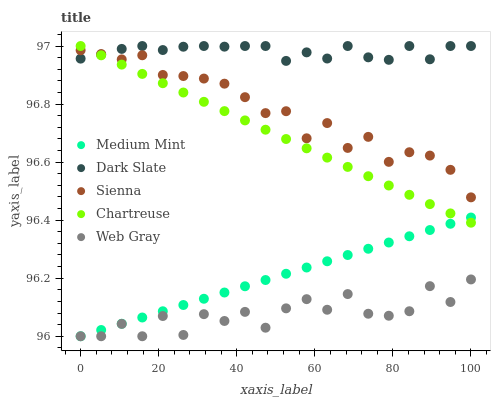
| xaxis_label | Medium Mint | Dark Slate | Sienna | Chartreuse | Web Gray |
 | --- | --- | --- | --- | --- | --- |
 | 0 | 96 | 97 | 97 | 97 | 96 |
 | 5.26 | 96 | 97 | 97 | 97 | 96 |
 | 10.5 | 96 | 97 | 97 | 96.9 | 96 |
 | 15.8 | 96.1 | 97 | 97 | 96.9 | 96 |
 | 21.1 | 96.1 | 97 | 96.9 | 96.9 | 96.1 |
 | 26.3 | 96.1 | 97 | 96.9 | 96.8 | 96 |
 | 31.6 | 96.1 | 97 | 96.9 | 96.8 | 96.1 |
 | 36.8 | 96.2 | 97 | 96.9 | 96.8 | 96.1 |
 | 42.1 | 96.2 | 97 | 96.8 | 96.7 | 96.1 |
 | 47.4 | 96.2 | 97 | 96.8 | 96.7 | 96 |
 | 52.6 | 96.2 | 96.9 | 96.8 | 96.7 | 96.1 |
 | 57.9 | 96.2 | 97 | 96.7 | 96.6 | 96.1 |
 | 63.2 | 96.3 | 97 | 96.7 | 96.6 | 96.1 |
 | 68.4 | 96.3 | 97 | 96.6 | 96.6 | 96.1 |
 | 73.7 | 96.3 | 97 | 96.7 | 96.6 | 96.1 |
 | 78.9 | 96.3 | 97 | 96.6 | 96.5 | 96.1 |
 | 84.2 | 96.3 | 97 | 96.6 | 96.5 | 96.1 |
 | 89.5 | 96.4 | 97 | 96.6 | 96.5 | 96.2 |
 | 94.7 | 96.4 | 97 | 96.6 | 96.4 | 96.1 |
 | 100 | 96.4 | 97 | 96.5 | 96.4 | 96.2 |